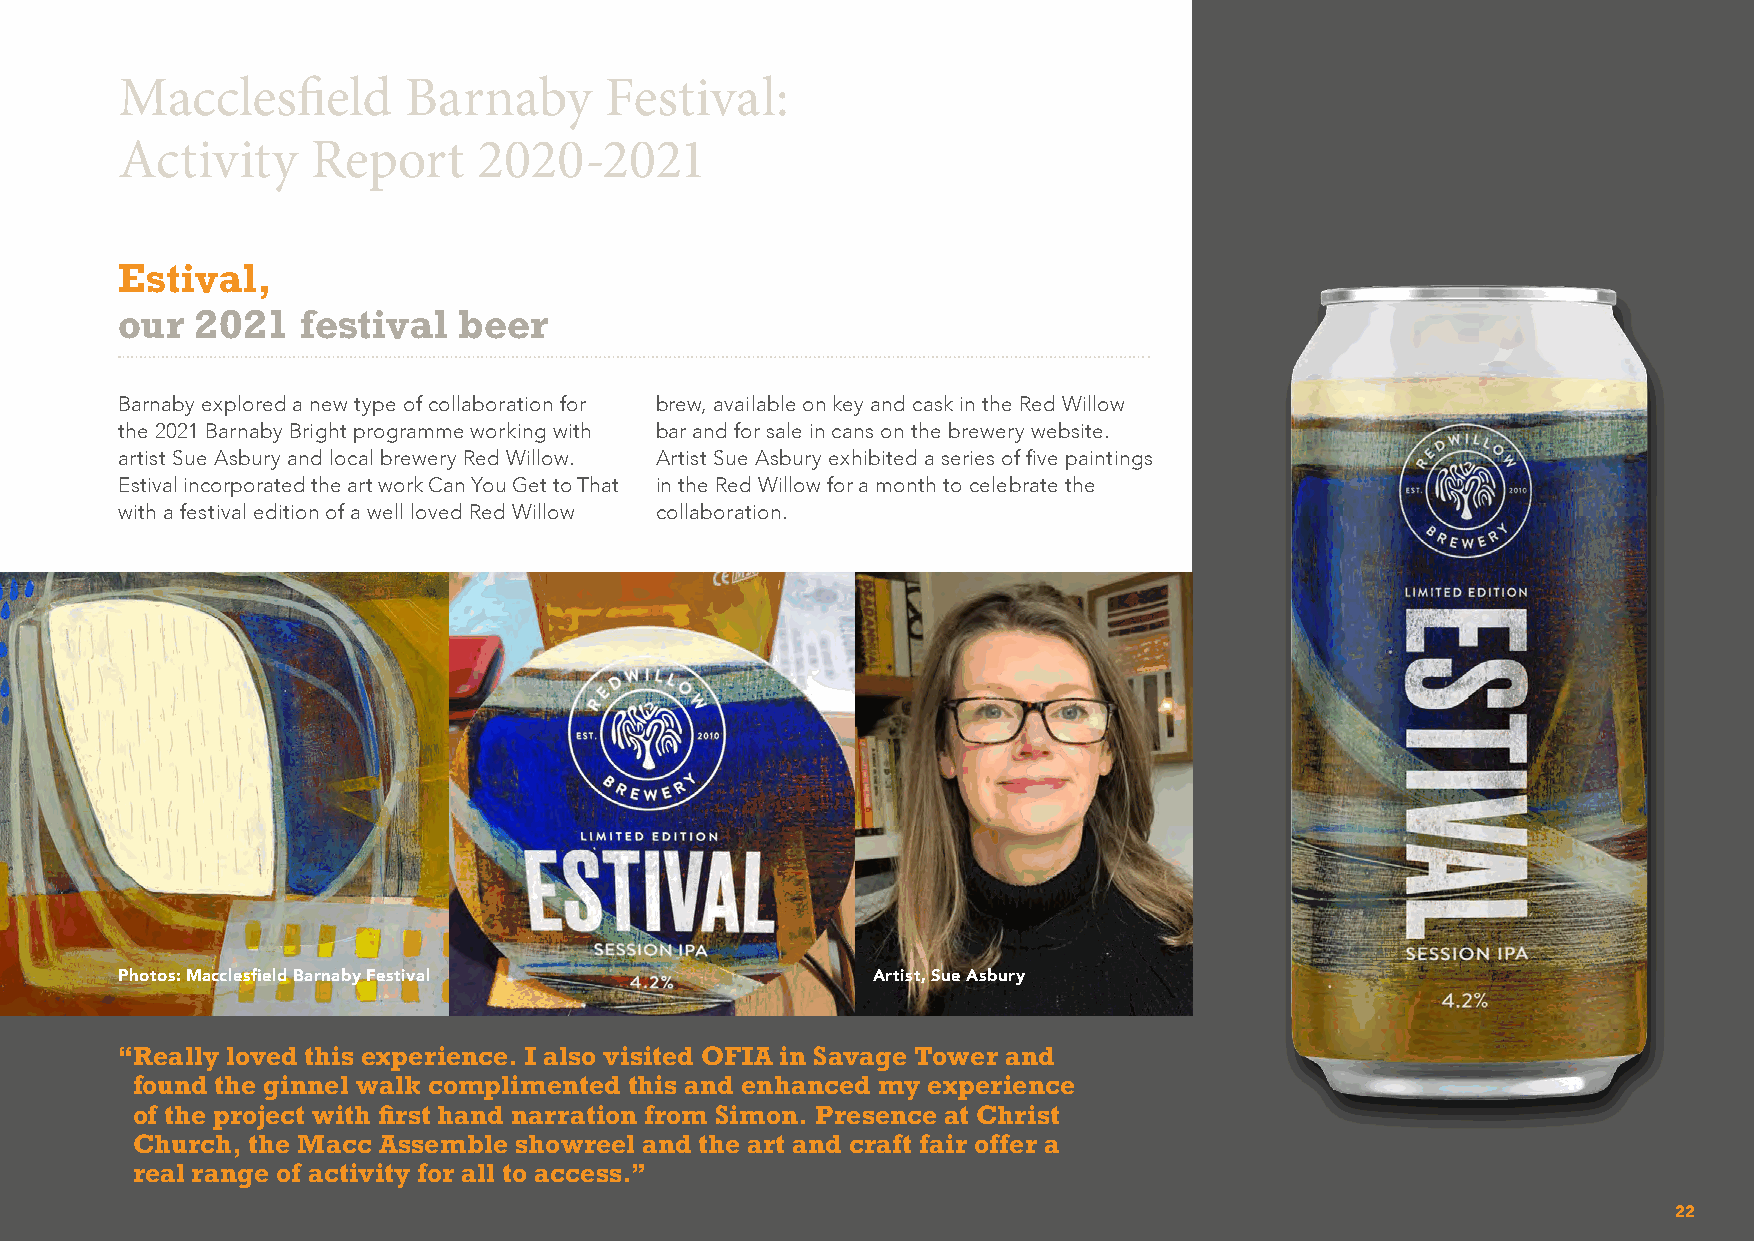
Macclesfield       Barnaby      Festival:
 Activity     Report     2020-2021
 Estival,
 our  2021   festival  beer
 Barnaby explored a new type of collaboration for brew, available on key and cask in the Red Willow
 the 2021 Barnaby Bright programme working with bar and for sale in cans on the brewery website.
 artist Sue Asbury and local brewery Red Willow. Artist Sue Asbury exhibited a series of five paintings
 Estival incorporated the art work Can You Get to That in the Red Willow for a month to celebrate the
 with a festival edition of a well loved Red Willow collaboration.
 Photos: Macclesfield Barnaby Festival             Artist, Sue Asbury
 “ Really loved this experience. I also visited OFIA in Savage Tower and
 found the ginnel walk complimented this and enhanced my experience
 of the project with first hand narration from Simon. Presence at Christ
 Church, the Macc Assemble showreel and the art and craft fair offer a
 real range of activity for all to access.”
 22